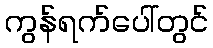
ကွန်ရက်ပေါ်တွင်